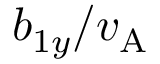
b _ { 1 y } / v _ { \mathrm { A } }